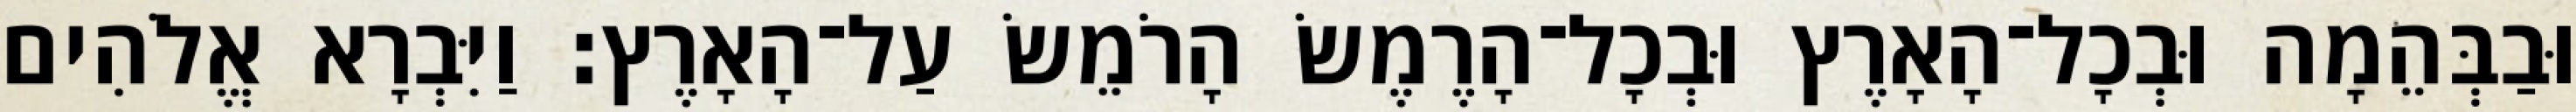
וּבַבְּהֵמָה וּבְכָל־הָאָרֶץ וּבְכָל־הָרֶמֶשׂ הָרֹמֵשׂ עַל־הָאָרֶץ׃ וַיִּבְרָא אֱלֹהִים